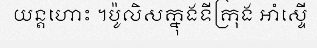
យន្តហោះ ។ប៉ូលិសក្នុងទីក្រុង អាំស្ទើ